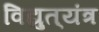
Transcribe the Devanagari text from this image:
विद्युत्‌यंत्र